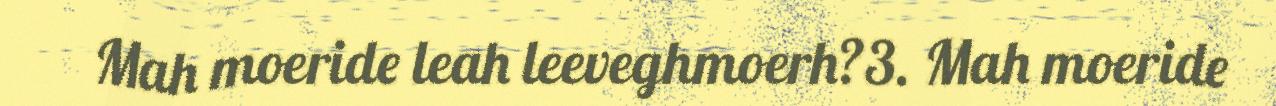
Mah moeride leah leeveghmoerh?3. Mah moeride